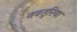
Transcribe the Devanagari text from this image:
नवतुरिया